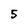
Character: 5